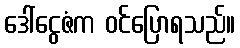
ဒေါ်ငွေဇံက ဝင်ပြောရသည်။